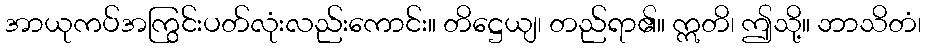
အာယုကပ်အကြွင်းပတ်လုံးလည်းကောင်း။ တိဋ္ဌေယျ၊ တည်ရာ၏။ ဣတိ၊ ဤသို့။ ဘာသိတံ၊